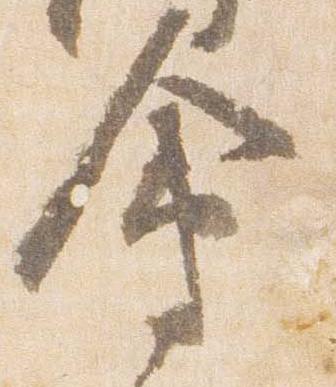
会